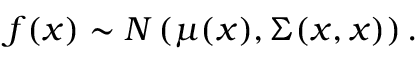
f ( \boldsymbol { x } ) \sim N \left( \mu ( \boldsymbol { x } ) , \Sigma ( \boldsymbol { x } , \boldsymbol { x } ) \right) .